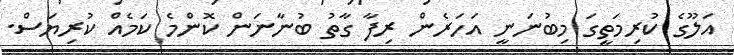
އަލޫގެ ކުރިމަތީގަ މިބުނަނީ އަހަރެން ރިފާ ގާތު ބުނާނަން ކޮންމެ ކަމެއް ކުރިޔަސް.